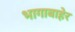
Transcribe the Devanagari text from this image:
भागाबाहेर